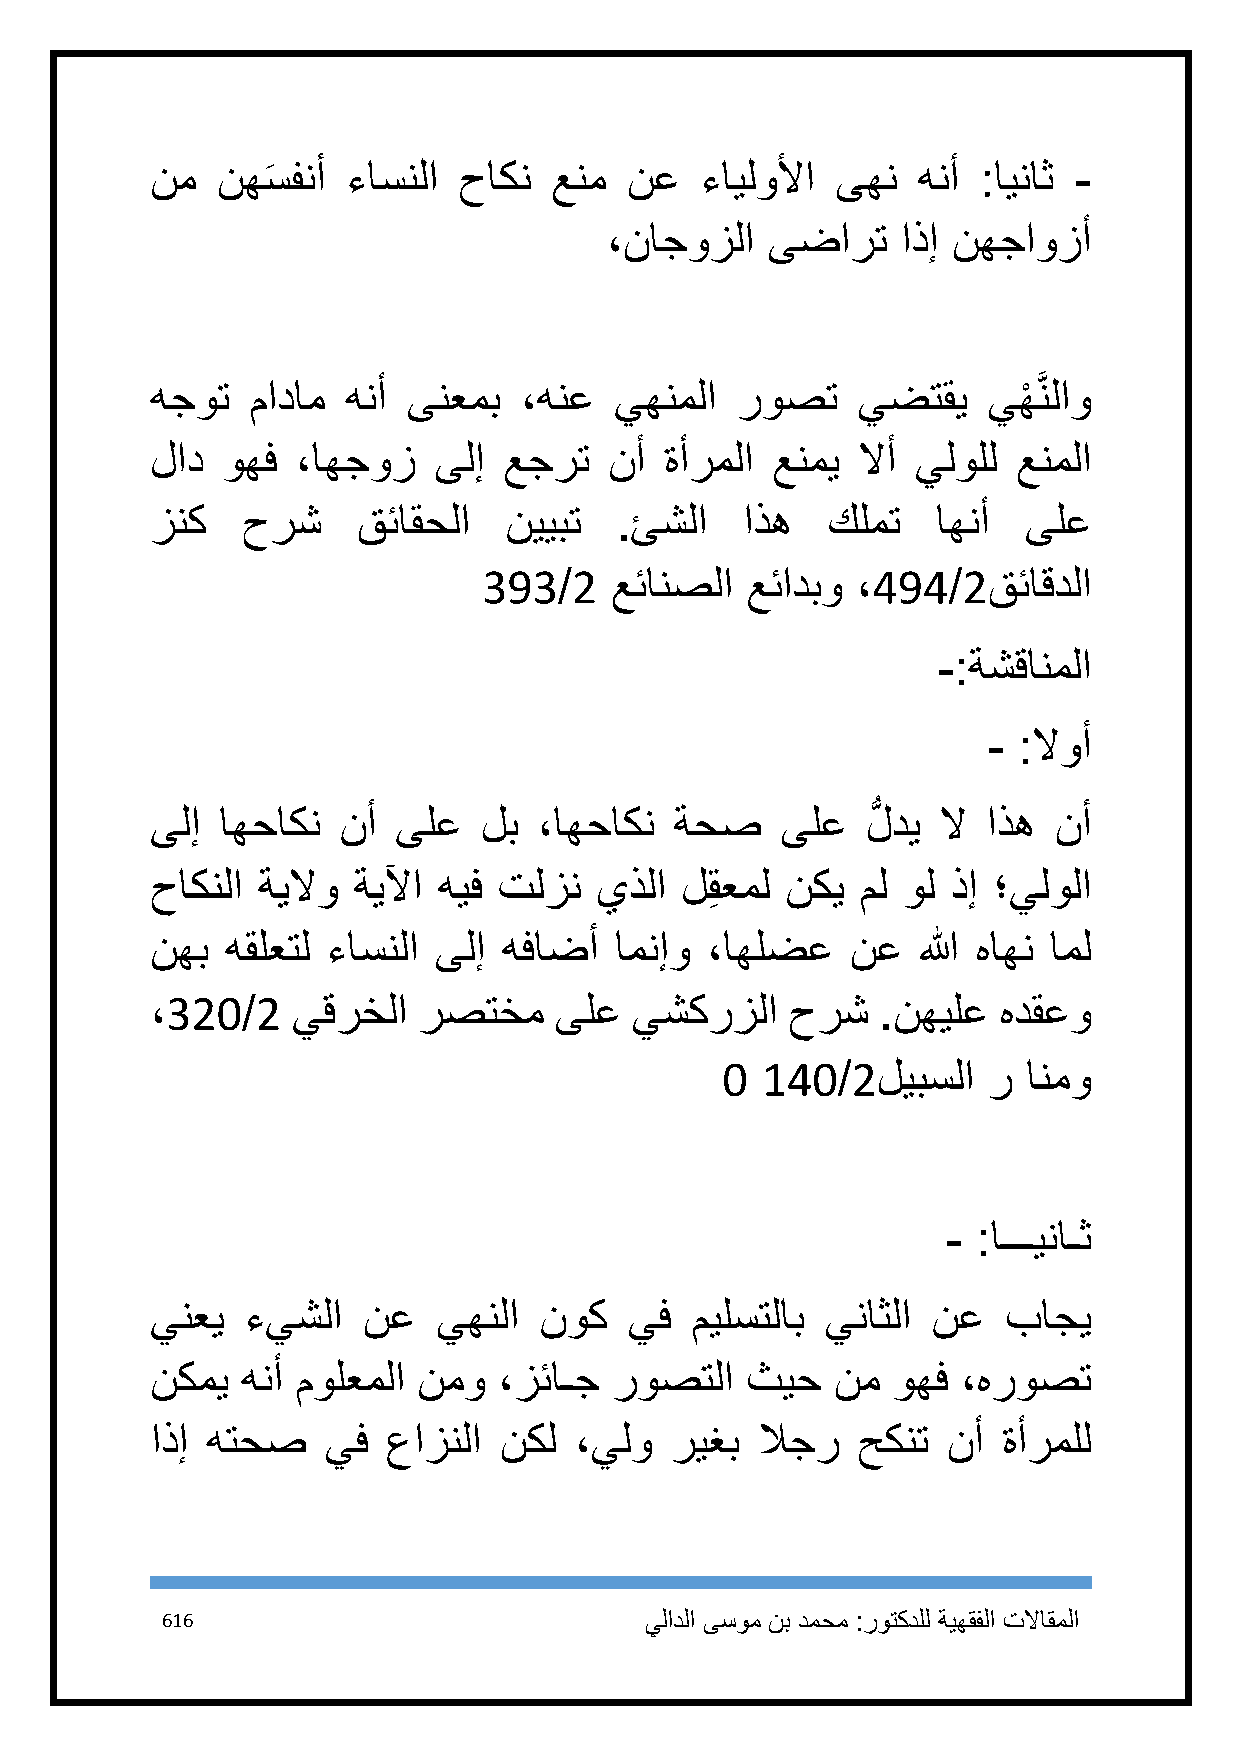
نم  نهسَ فنأ ءاسنلا حاكن   عنم  نع  ءايلولأا ىهن   هنأ :ايناث -
 ،ناجوزلا   ىضارت    اذإ نهجاوزأ
 هجوت   مادام هنأ ىنعمب  ،هنع   يهنملا  روصت    يضتقي   يهْ َّنلاو
 لاد  وهف  ،اهجوز   ىلإ عجرت   نأ  ةأرملا عنمي  لاأ يلولل عنملا
 زنك   حرش     قئاقحلا  نييبت   .ئشلا   اذه   كلمت   اهنأ  ىلع
 393/2   عئانصلا  عئادبو  ،494/2قئاقدلا
 -:ةشقانملا
 - :لاوأ
 ىلإ  اهحاكن نأ  ىلع   لب  ،اهحاكن  ةحص    ىلع  لُّ دي لا اذه نأ
 حاكنلا ةيلاو ةيلآا هيف تلزن  يذلا  لقِ عمل نكي مل ول ذإ ؛يلولا
 نهب  هقلعتل ءاسنلا ىلإ هفاضأ   امنإو ،اهلضع   نع   الله هاهن امل
 ،321/2   يقرخلا   رصتخم    ىلع  يشكرزلا   حرش   .نهيلع  هدقعو
 1 141/2ليبسلا    ر  انمو
 - :اـــيناـث
 ينعي  ءيشلا   نع   يهنلا  نوك   يف  ميلستلاب يناثلا نع   باجي
 نكمي  هنأ مولعملا نمو  ،زئاـج  روصتلا  ثيح   نم  وهف  ،هروصت
 اذإ هتحص    يف  عازنلا نكل  ،يلو  ريغب  لاجر   حكنت  نأ ةأرملل
 616                             يلادلا ىسوم نب دمحم :روتكدلل ةيهقفلا تلااقملا